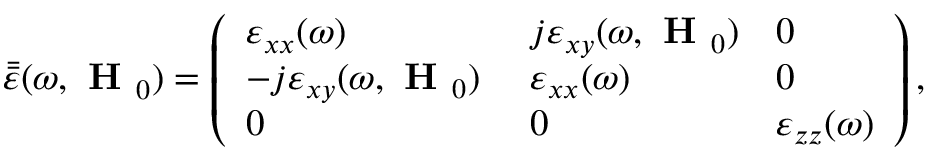
\bar { \bar { \varepsilon } } ( \omega , \textbf { H } _ { 0 } ) = \left( \begin{array} { l l l } { \varepsilon _ { x x } ( \omega ) } & { j \varepsilon _ { x y } ( \omega , \textbf { H } _ { 0 } ) } & { 0 } \\ { - j \varepsilon _ { x y } ( \omega , \textbf { H } _ { 0 } ) \ } & { \varepsilon _ { x x } ( \omega ) } & { 0 } \\ { 0 } & { 0 } & { \varepsilon _ { z z } ( \omega ) } \end{array} \right) ,